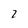
Character: 2